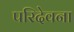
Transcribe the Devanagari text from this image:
परिदेवना